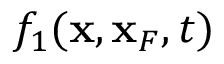
f _ { 1 } ( { \bf x } , { \bf x } _ { F } , t )